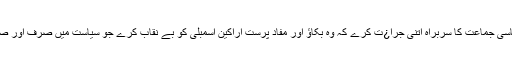
یا پھر عمران خان کی طرح ہر سیاسی جماعت کا سربراہ اتنی جرا¿ت کرے کہ وہ بکاﺅ اور مفاد پرست اراکین اسمبلی کو بے نقاب کرے جو سیاست میں صرف اور صرف پیسہ بنانے کے لیے آتے ہیں۔